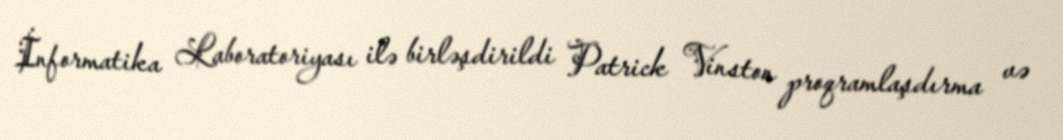
İnformatika Laboratoriyası ilə birləşdirildi Patrick Vinston proqramlaşdırma və